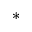
^ { \ast }